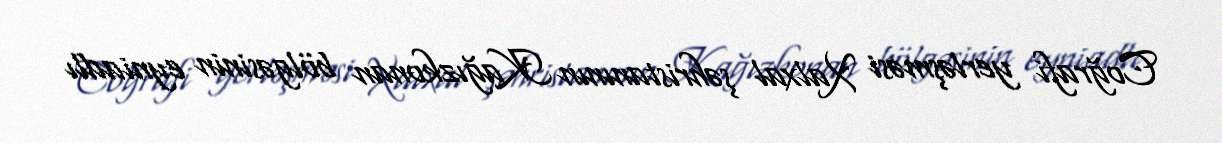
Coğrafi yerləşməsi Xalxal şəhristanının Kağızkonan bölgəsinin eyniadlı